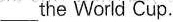
the World Cup.